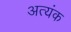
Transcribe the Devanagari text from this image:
अत्यंक